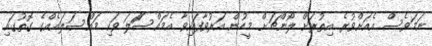
ނަމަވެސް އެއަށްވުރެ އިތުރަށް ލޯންޗަށް މީހުން އަރުވާފައިވާ އެމައްސަަލަ ވަކި މައްސަލައެއްގެ ގޮތުގައި